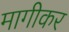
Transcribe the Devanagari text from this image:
मागीकर